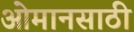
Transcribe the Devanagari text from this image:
ओमानसाठी